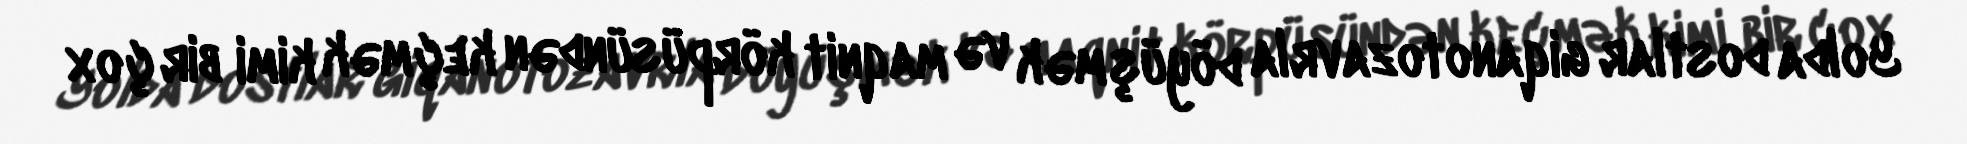
Yolda dostlar giqanotozavrla döyüşmək və maqnit körpüsündən keçmək kimi bir çox